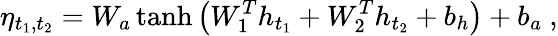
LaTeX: \eta_{t_{1},t_{2}}=W_{a}\operatorname{tanh}{\left(W_{1}^{T}h_{t_{1}}+W_{2}^{T}h_{t_{2}}+b_{h}\right)}+b_{a}\ ,